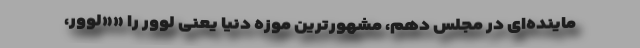
ماینده‌ای در مجلس دهم، مشهورترین موزه دنیا یعنی لوور را ««لووُر،